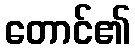
တောင်၏